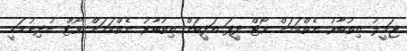
ޖަމީލު އިތުބާރު ނެތްކަމަށް ވޯޓް ދީފަ އަދީބަށް އިތުބާރު ނެތްކަމަށް ވޯޓް ނުދިނުމަކީ